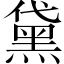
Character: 黛